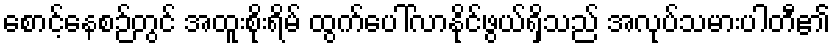
စောင့်နေစဉ်တွင် အထူးစိုးရိမ် ထွက်ပေါ်လာနိုင်ဖွယ်ရှိသည် အလုပ်သမားပါတီ၏